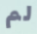
لم